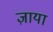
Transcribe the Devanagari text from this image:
ज़ाया